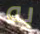
به